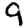
Digit: 9